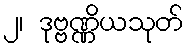
၂၊ ဒုဗ္ဗဏ္ဏိယသုတ်